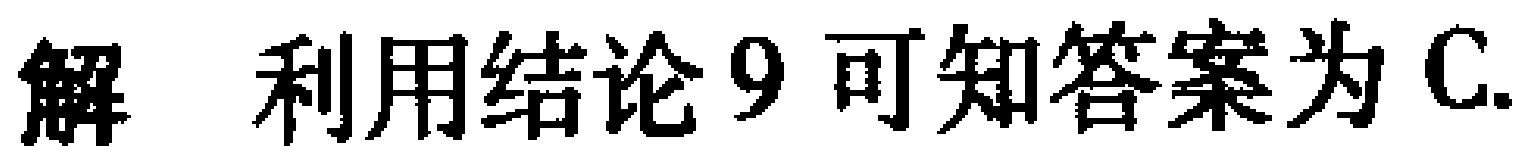
解 利用结论9可知答案为C.